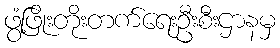
ဖွံ့ဖြိုးတိုးတက်ရေးဦးစီးဌာနမှ